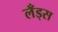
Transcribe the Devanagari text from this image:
लँड्स